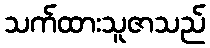
သက်ထားသူဇာသည်